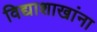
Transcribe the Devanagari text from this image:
विद्याशाखांना